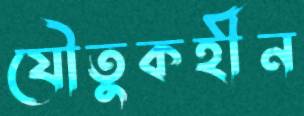
যৌতুকহীন